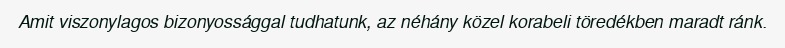
Amit viszonylagos bizonyossággal tudhatunk, az néhány közel korabeli töredékben maradt ránk.